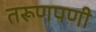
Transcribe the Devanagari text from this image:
तरूणपणी